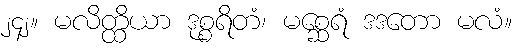
၂၄၂။ မလိတ္ထိယာ ဒုစ္စရိတံ၊ မစ္ဆေရံ ဒဒတော မလံ။